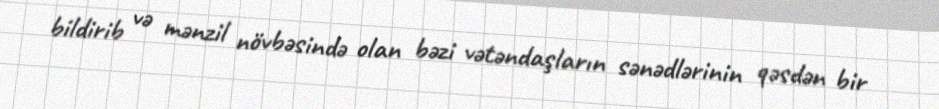
bildirib və mənzil növbəsində olan bəzi vətəndaşların sənədlərinin qəsdən bir